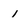
Character: 1